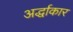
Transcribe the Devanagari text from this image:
अर्द्धाकार